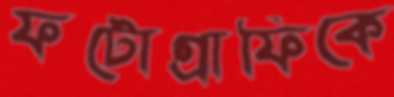
ফটোগ্রাফিকে